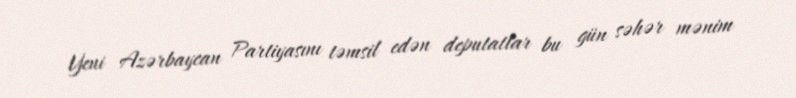
Yeni Azərbaycan Partiyasını təmsil edən deputatlar bu gün səhər mənim